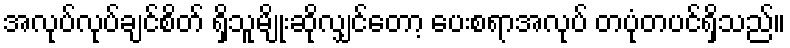
အလုပ်လုပ်ချင်စိတ် ရှိသူမျိုးဆိုလျှင်တော့ ပေးစရာအလုပ် တပုံတပင်ရှိသည်။